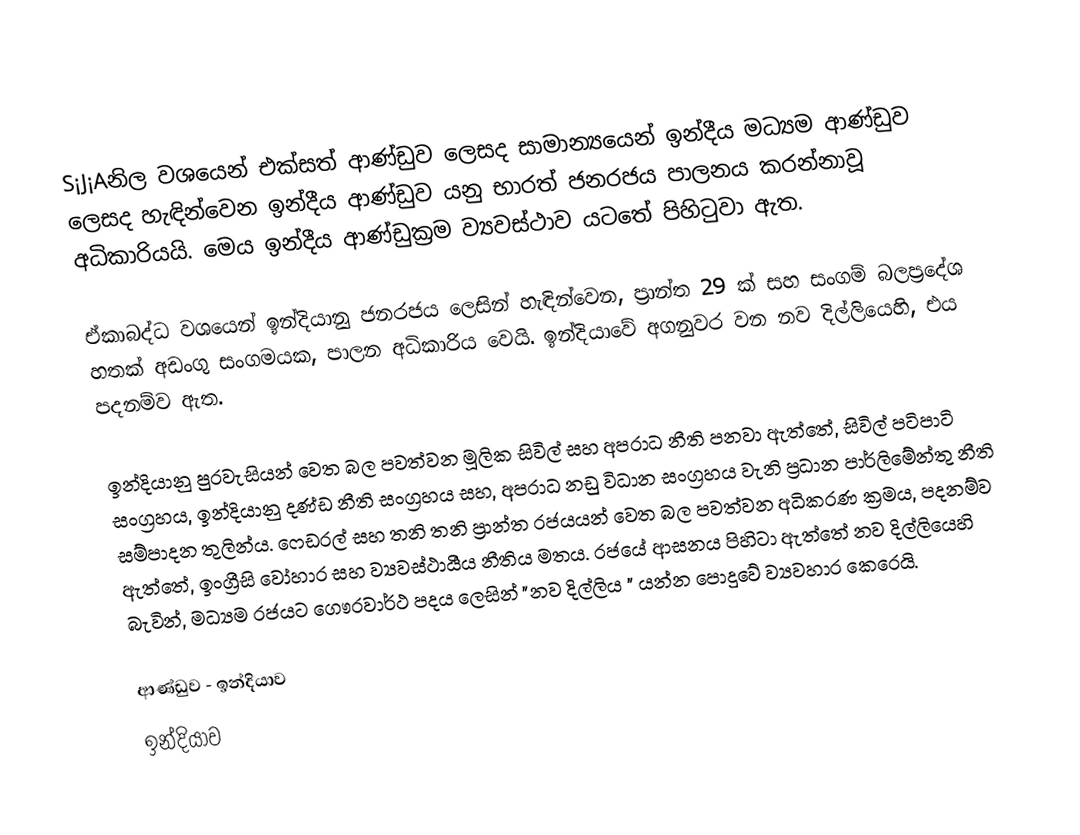
S¡J¡Aනිල වශයෙන්  එක්සත් ආණ්ඩුව ලෙසද සාමාන්‍යයෙන් ඉන්දීය මධ්‍යම ආණ්ඩුව ලෙසද හැඳින්වෙන ඉන්දීය ආණ්ඩුව යනු භාරත් ජනරජය පාලනය කරන්නාවූ අධිකාරියයි. මෙය ඉන්දීය ආණ්ඩුක්‍රම ව්‍යවස්ථාව යටතේ පිහිටුවා ඇත.

ඒකාබද්ධ වශයෙන් ඉන්දියානු ජනරජය ලෙසින් හැඳින්වෙන, ප්‍රාන්ත 29 ක් සහ සංගම් බලප්‍රදේශ හතක් අඩංගු සංගමයක, පාලන අධිකාරිය වෙයි.  ඉන්දියාවේ අගනුවර වන නව දිල්ලියෙහි, එය පදනම්ව ඇත.

ඉන්දියානු පුරවැසියන් වෙත බල පවත්වන මූලික සිවිල් සහ අපරාධ නීති පනවා ඇත්තේ, සිවිල් පටිපාටි සංග්‍රහය,  ඉන්දියානු දණ්ඩ නීති සංග්‍රහය සහ, අපරාධ නඩු විධාන සංග්‍රහය වැනි ප්‍රධාන පාර්ලිමේන්තු නීති සම්පාදන තුලින්ය. ෆෙඩරල් සහ තනි තනි ප්‍රාන්ත රජයයන් වෙත බල පවත්වන අධිකරණ ක්‍රමය, පදනම්ව ඇත්තේ, ඉංග්‍රීසි වෝහාර සහ ව්‍යවස්ථායීය නීතිය මතය. රජයේ ආසනය පිහිටා ඇත්තේ නව දිල්ලියෙහි බැවින්, මධ්‍යම රජයට ගෞරවාර්ථ පදය ලෙසින්  "නව දිල්ලිය " යන්න පොදුවේ ව්‍යවහාර කෙරෙයි.

ආණ්ඩුව - ඉන්දියාව
ඉන්දියාව